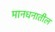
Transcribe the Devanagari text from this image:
मानधनातील